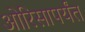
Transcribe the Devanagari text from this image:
ओरिसापर्यंत